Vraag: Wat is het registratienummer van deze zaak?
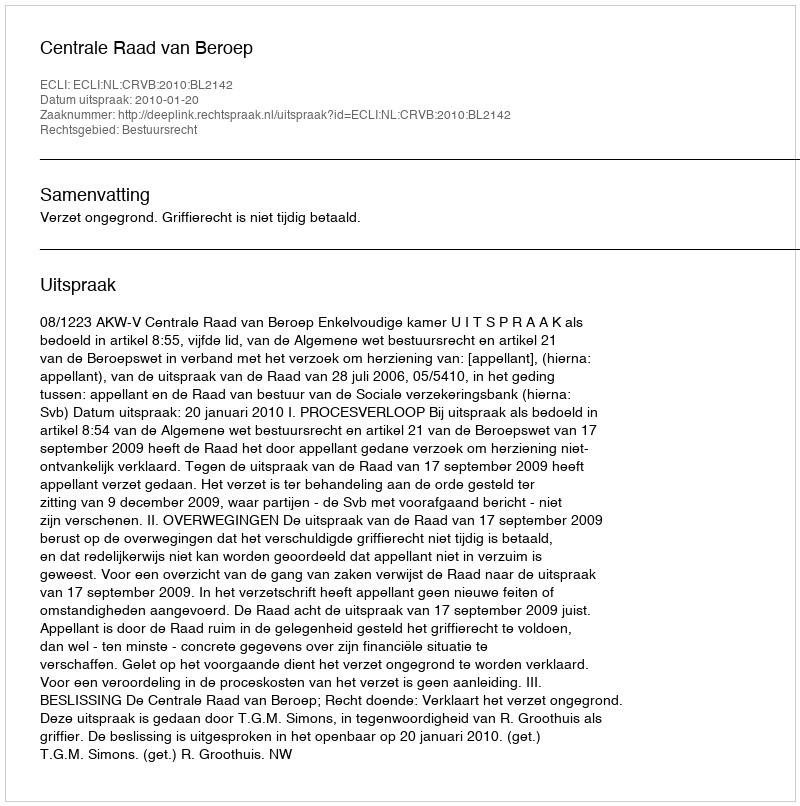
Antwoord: http://deeplink.rechtspraak.nl/uitspraak?id=ECLI:NL:CRVB:2010:BL2142